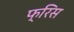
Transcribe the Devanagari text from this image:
फ्रिस